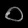
Digit: ၀